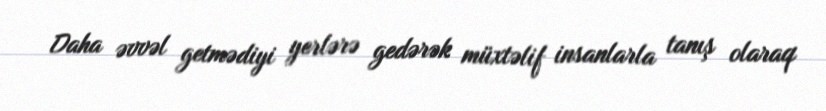
Daha əvvəl getmədiyi yerlərə gedərək müxtəlif insanlarla tanış olaraq